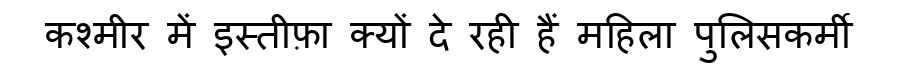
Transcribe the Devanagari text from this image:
कश्मीर में इस्तीफ़ा क्यों दे रही हैं महिला पुलिसकर्मी